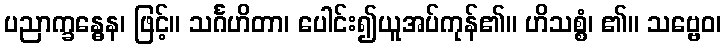
ပညာက္ခန္ဓေန၊ ဖြင့်။ သင်္ဂဟိတာ၊ ပေါင်း၍ယူအပ်ကုန်၏။ ဟိသစ္စံ၊ ၏။ သဗ္ဗေဝ၊